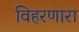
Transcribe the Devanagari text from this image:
विहरणारा